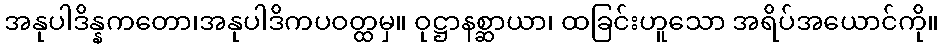
အနုပါဒိန္နကတော၊အနုပါဒိကပဝတ္ထမှ။ ဝုဋ္ဌာနစ္ဆာယာ၊ ထခြင်းဟူသော အရိပ်အယောင်ကို။